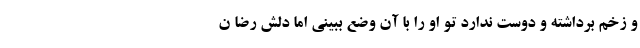
و زخم برداشته و دوست ندارد تو او را با آن وضع ببینی اما دلش رضا ن